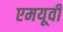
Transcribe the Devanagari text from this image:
एमयूवी